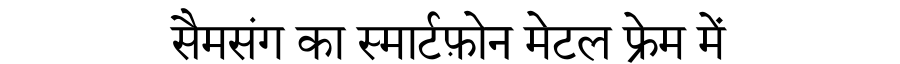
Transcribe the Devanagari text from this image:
सैमसंग का स्मार्टफ़ोन मेटल फ्रेम में